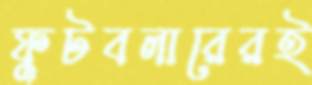
ফুটবলারেরই